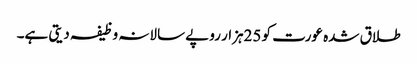
طلاق شدہ عورت کو 25ہزار روپے سالانہ وظیفہ دیتی ہے۔